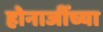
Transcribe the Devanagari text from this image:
होनाजींच्या